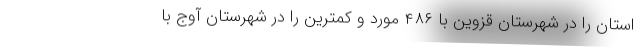
استان را در شهرستان قزوین با ۴۸۶ مورد و کمترین را در شهرستان آوج با